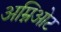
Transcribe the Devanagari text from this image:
अम्निओट